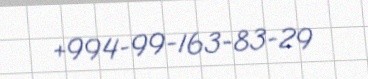
+994-99-163-83-29